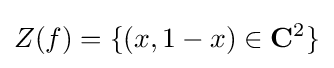
Z(f)=\{(x,1-x)\in \mathbf {C} ^{2}\}